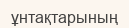
ұнтақтарының